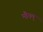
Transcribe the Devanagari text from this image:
मौनम्‌